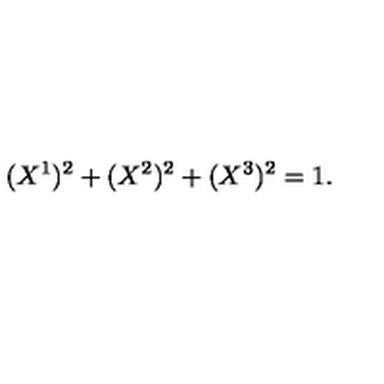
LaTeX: ( X ^ { 1 } ) ^ { 2 } + ( X ^ { 2 } ) ^ { 2 } + ( X ^ { 3 } ) ^ { 2 } = 1 .